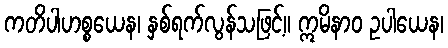
ကတိပါဟစ္စယေန၊ နှစ်ရက်လွန်သဖြင့်။ ဣမိနာဝ ဥပါယေန၊